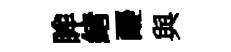
眸緖醍與